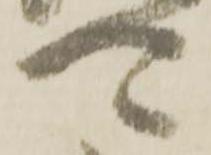
可